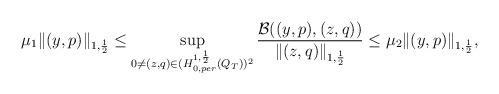
LaTeX: \begin{align*} \mu_{1} \|(y,p)\|_{1,\frac{1}{2}} \leq \sup_{0 \not= (z,q) \in (H^{1,\frac{1}{2}}_{0,per}(Q_T))^2} \frac{\mathcal{B}((y,p),(z,q))}{\|(z,q)\|_{1,\frac{1}{2}}} \leq \mu_{2} \|(y,p)\|_{1,\frac{1}{2}}, \end{align*}